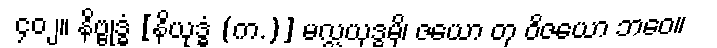
၄၀၂။ နိဗ္ဗုဒ္ဓံ [နိယုဒ္ဓံ (က.)] မလ္လယုဒ္ဓမှိ၊ ဇယော တု ဝိဇယော ဘဝေ။